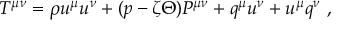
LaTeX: T ^ { \mu \nu } = \rho u ^ { \mu } u ^ { \nu } + ( p - \zeta \Theta ) P ^ { \mu \nu } + q ^ { \mu } u ^ { \nu } + u ^ { \mu } q ^ { \nu } ~ ,